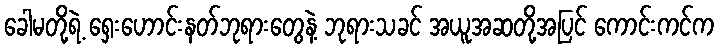
ခေါမတို့ရဲ့ ရှေးဟောင်းနတ်ဘုရားတွေနဲ့ ဘုရားသခင် အယူအဆတို့အပြင် ကောင်းကင်က